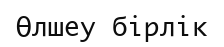
Өлшеу бірлік